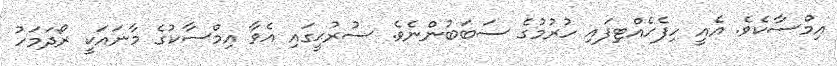
އިމްސާކެވެ. އެއީ ހިފެހެއްޓިފައި ހުރުމުގެ ސަބަބުންނެވެ. ސުރުޙީގައި އެވާ އިމްސާކުގެ މާނައަކީ ރޯދަމަހު